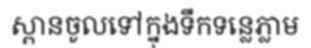
ស្ពានចូលទៅក្នុងទឹកទន្លេភ្លាម